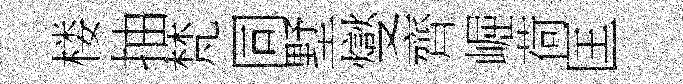
楼抽梵同墅燮齊崛荷匡